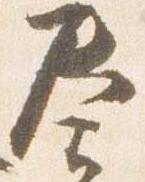
奏